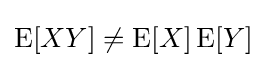
\operatorname {E} [XY]\neq \operatorname {E} [X]\operatorname {E} [Y]